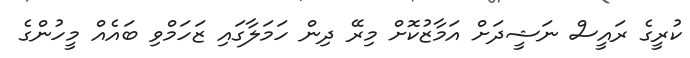
ކުރީގެ ރައީސް ނަޝީދަށް އަމާޒުކޮށް މިރޭ ދިން ހަމަލާގައި ޒަހަމްވި ބައެއް މީހުންގެ